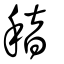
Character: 稽